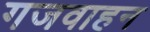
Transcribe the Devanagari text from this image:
गजवाहन